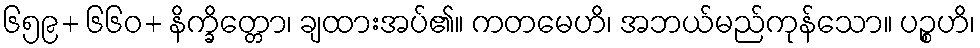
၆၅၉+ ၆၆၀+ နိက္ခိတ္တော၊ ချထားအပ်၏။ ကတမေဟိ၊ အဘယ်မည်ကုန်သော။ ပဉ္စဟိ၊